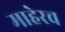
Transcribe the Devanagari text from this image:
माहेरच